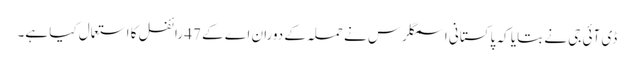
ڈی آئی جی نے بتایا کہ پاکستانی اسمگلرس نے حملہ کے دوران اے کے 47 رائفل کا استعمال کیا ہے۔